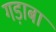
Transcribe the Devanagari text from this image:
गड़ाबा